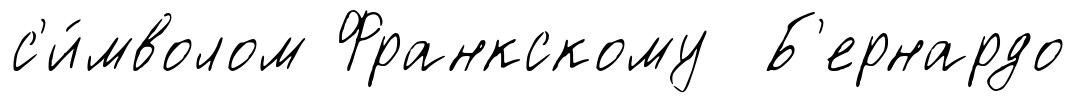
с'и́мволом Франкскому Б'ернардо